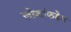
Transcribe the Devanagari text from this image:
लोकांकडेच